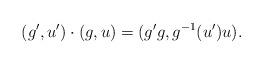
LaTeX: \begin{align*}(g',u') \cdot (g,u) = (g' g, g^{-1} (u') u) .\end{align*}